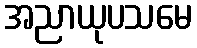
အညာယုပသမေ